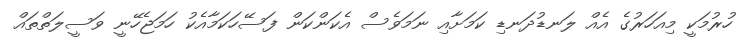
ހުރުމަކީ މިއަހަރުގެ އެއް ލަނޑުދަނޑި ކަމަށާއި ނަމަވެސް އެކަންކަން ފަސޭހަކަމާއެކު ހަމަޖެހޭނީ ވަސީލަތްތައް